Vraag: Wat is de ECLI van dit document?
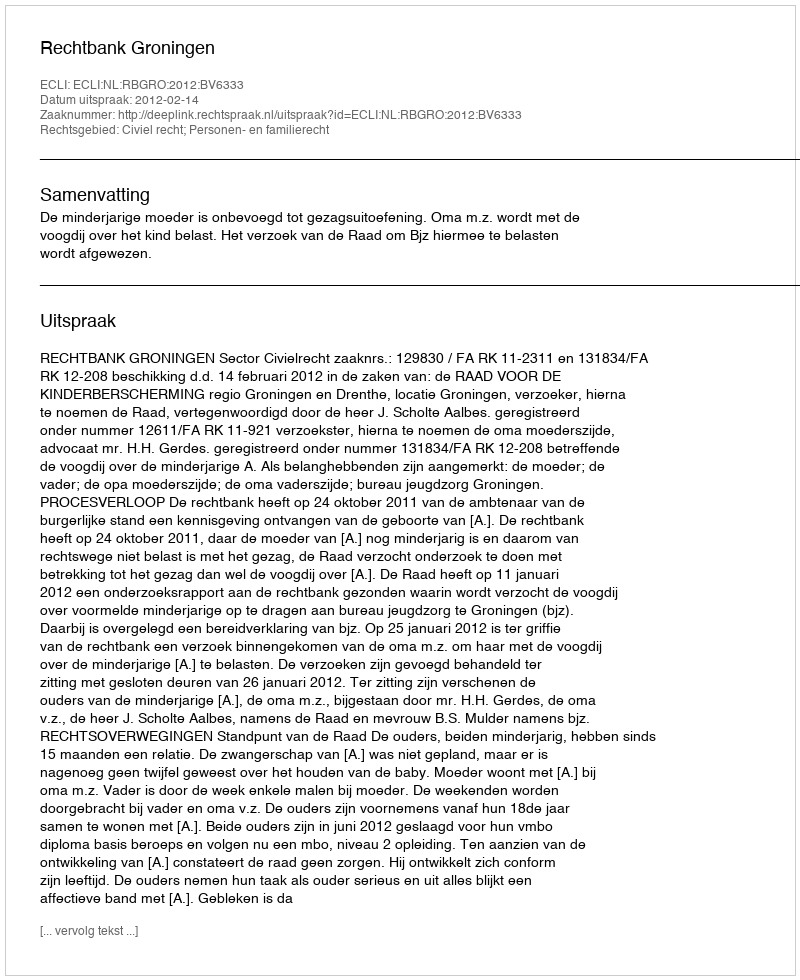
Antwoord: ECLI:NL:RBGRO:2012:BV6333